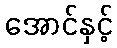
အောင်နှင့်